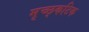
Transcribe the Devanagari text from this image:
मृच्छ्कटिक